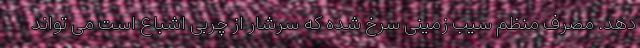
دهد. مصرف منظم سیب زمینی سرخ شده که سرشار از چربی اشباع است می تواند